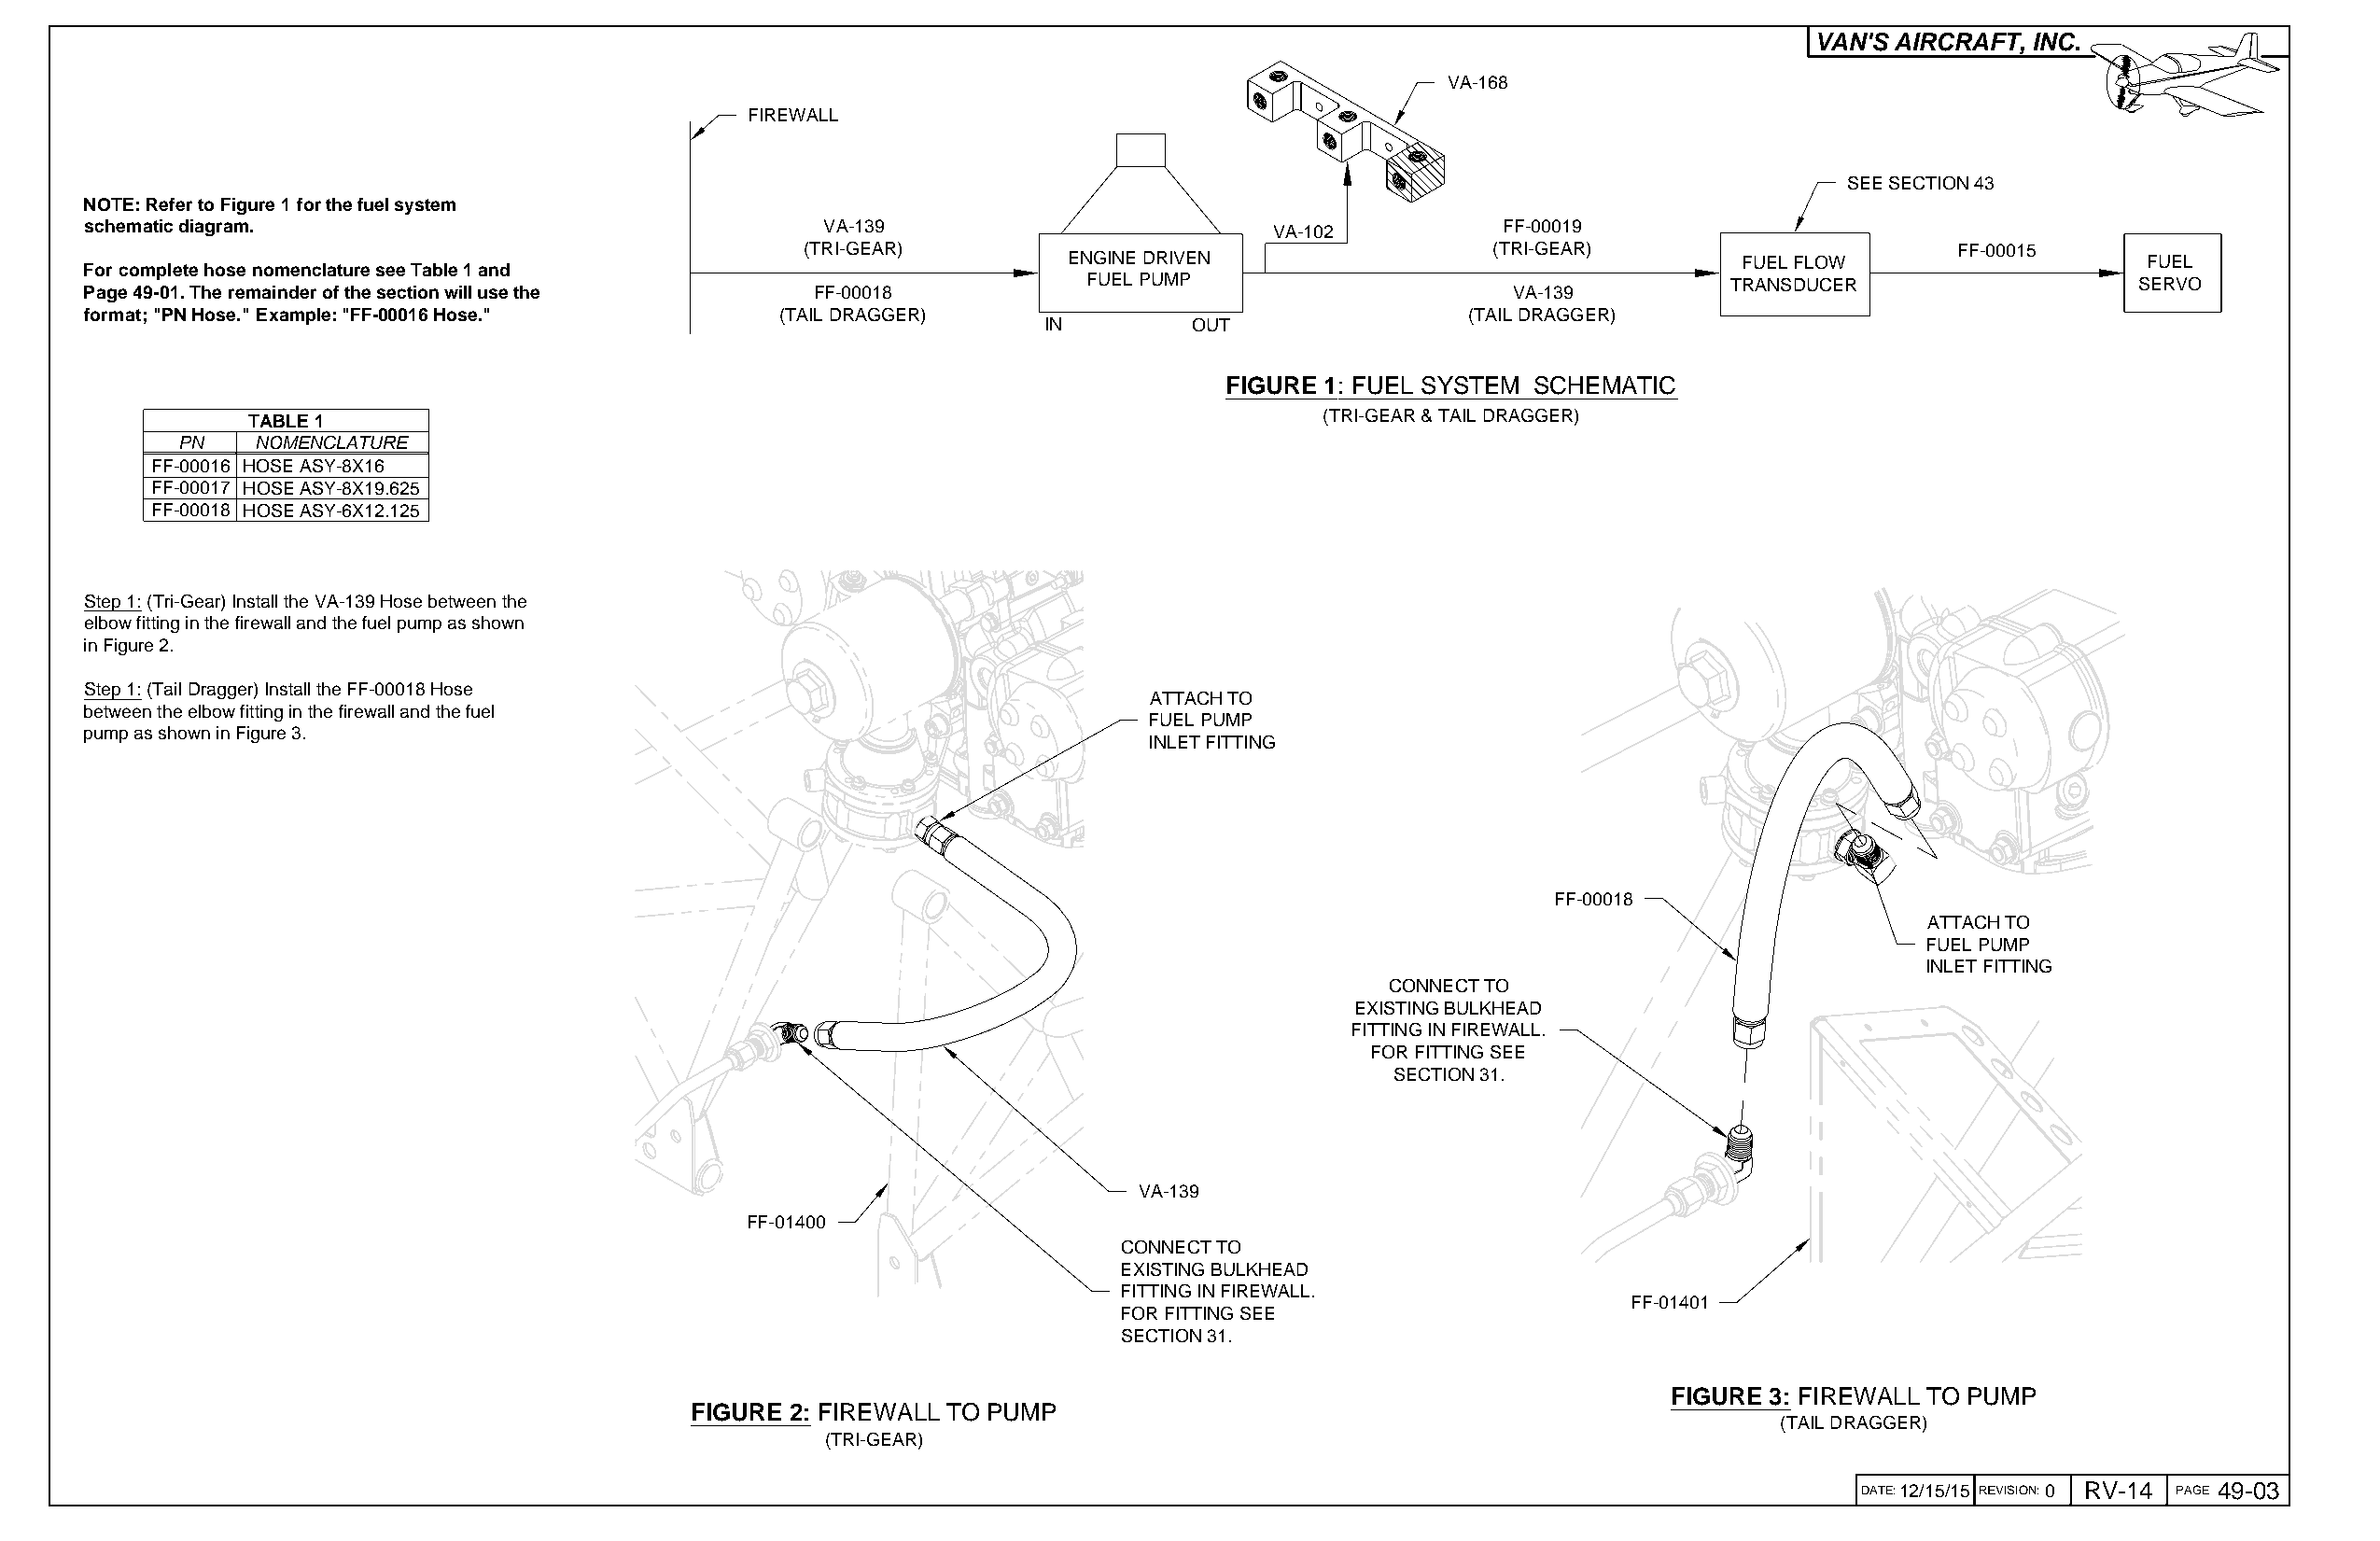
VAN'S AIRCRAFT, INC.
 VA-168
 FIREWALL
 SEE SECTION 43
 NOTE: Refer to Figure 1 for the fuel system
 schematic diagram.                                  VA-139                          VA-102           FF-00019
 (TRI-GEAR)                                       (TRI-GEAR)                       FF-00015
 ENGINE DRIVEN                                   FUEL FLOW                   FUEL
 For complete hose nomenclature see Table 1 and
 FUEL PUMP                                     TRANSDUCER                   SERVO
 Page 49-01. The remainder of the section will use the FF-00018                                       VA-139
 format; "PN Hose." Example: "FF-00016 Hose."     (TAIL DRAGGER)                                   (TAIL DRAGGER)
 IN         OUT
 FIGURE 1: FUEL SYSTEM SCHEMATIC
 TABLE 1                                                                     (TRI-GEAR & TAIL DRAGGER)
 PN   NOMENCLATURE
 FF-00016 HOSE ASY-8X16
 FF-00017 HOSE ASY-8X19.625
 FF-00018 HOSE ASY-6X12.125
 Step 1: (Tri-Gear) Install the VA-139 Hose between the
 elbow fitting in the firewall and the fuel pump as shown
 in Figure 2.
 Step 1: (Tail Dragger) Install the FF-00018 Hose
 ATTACH TO
 between the elbow fitting in the firewall and the fuel
 FUEL PUMP
 pump as shown in Figure 3.
 INLET FITTING
 FF-00018
 ATTACH TO
 FUEL PUMP
 INLET FITTING
 CONNECT TO
 EXISTING BULKHEAD
 FITTING IN FIREWALL.
 FOR FITTING SEE
 SECTION 31.
 VA-139
 FF-01400
 CONNECT TO
 EXISTING BULKHEAD
 FITTING IN FIREWALL.
 FF-01401
 FOR FITTING SEE
 SECTION 31.
 FIGURE 3: FIREWALL TO PUMP
 FIGURE 2: FIREWALL TO PUMP
 (TAIL DRAGGER)
 (TRI-GEAR)
 DDAATTEE::12/15/15 RREEVVIISSIIOONN::0 RV-14 PPAAGGEE 49-03